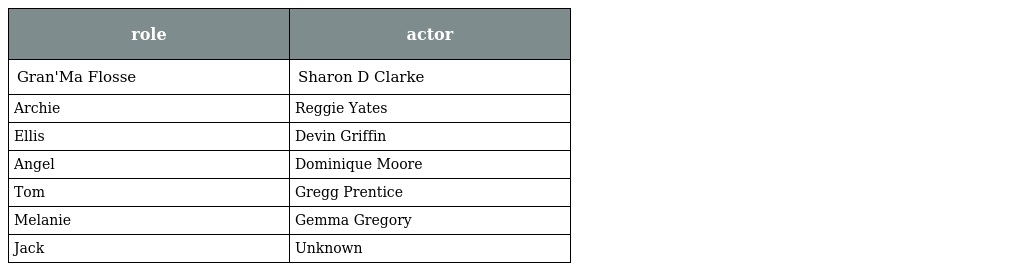
| role | actor |
 | --- | --- |
 | Gran'Ma Flosse | Sharon D Clarke |
 | Archie | Reggie Yates |
 | Ellis | Devin Griffin |
 | Angel | Dominique Moore |
 | Tom | Gregg Prentice |
 | Melanie | Gemma Gregory |
 | Jack | Unknown |